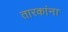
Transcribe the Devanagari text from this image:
तारकांना